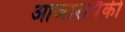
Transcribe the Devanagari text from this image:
आजारांपैकी